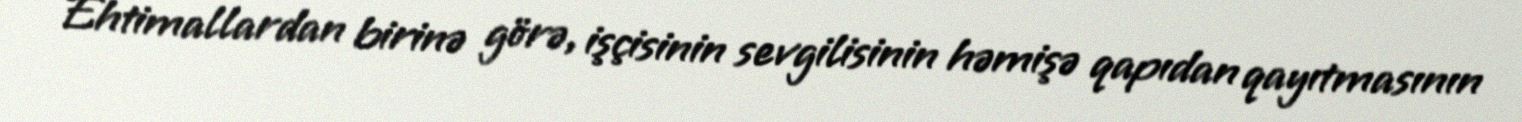
Ehtimallardan birinə görə, işçisinin sevgilisinin həmişə qapıdan qayıtmasının